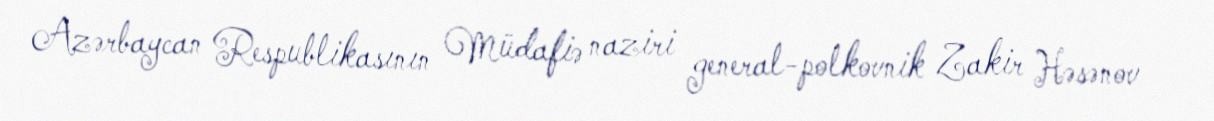
Azərbaycan Respublikasının Müdafiə naziri general-polkovnik Zakir Həsənov